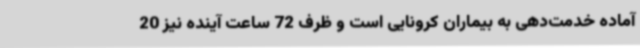
آماده خدمت‌دهی به بیماران کرونایی است و ظرف 72 ساعت آینده نیز 20